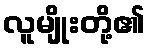
လူမျိုးတို့၏